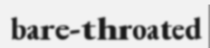
bare-throated